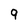
Character: 9